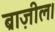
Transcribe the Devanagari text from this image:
ब्राज़ील।